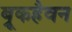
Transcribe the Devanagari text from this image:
ब्रूकहैवन